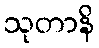
သုတာနိ